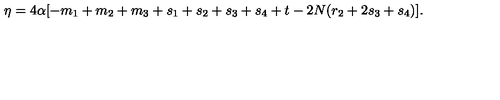
\eta = 4 \alpha [ - m _ { 1 } + m _ { 2 } + m _ { 3 } + s _ { 1 } + s _ { 2 } + s _ { 3 } + s _ { 4 } + t - 2 N ( r _ { 2 } + 2 s _ { 3 } + s _ { 4 } ) ] .